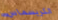
الكريسماس